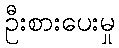
ဦးစားပေးမှု